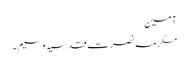
آمین
مکرمہ نصرت قدسیہ وسیم ۔